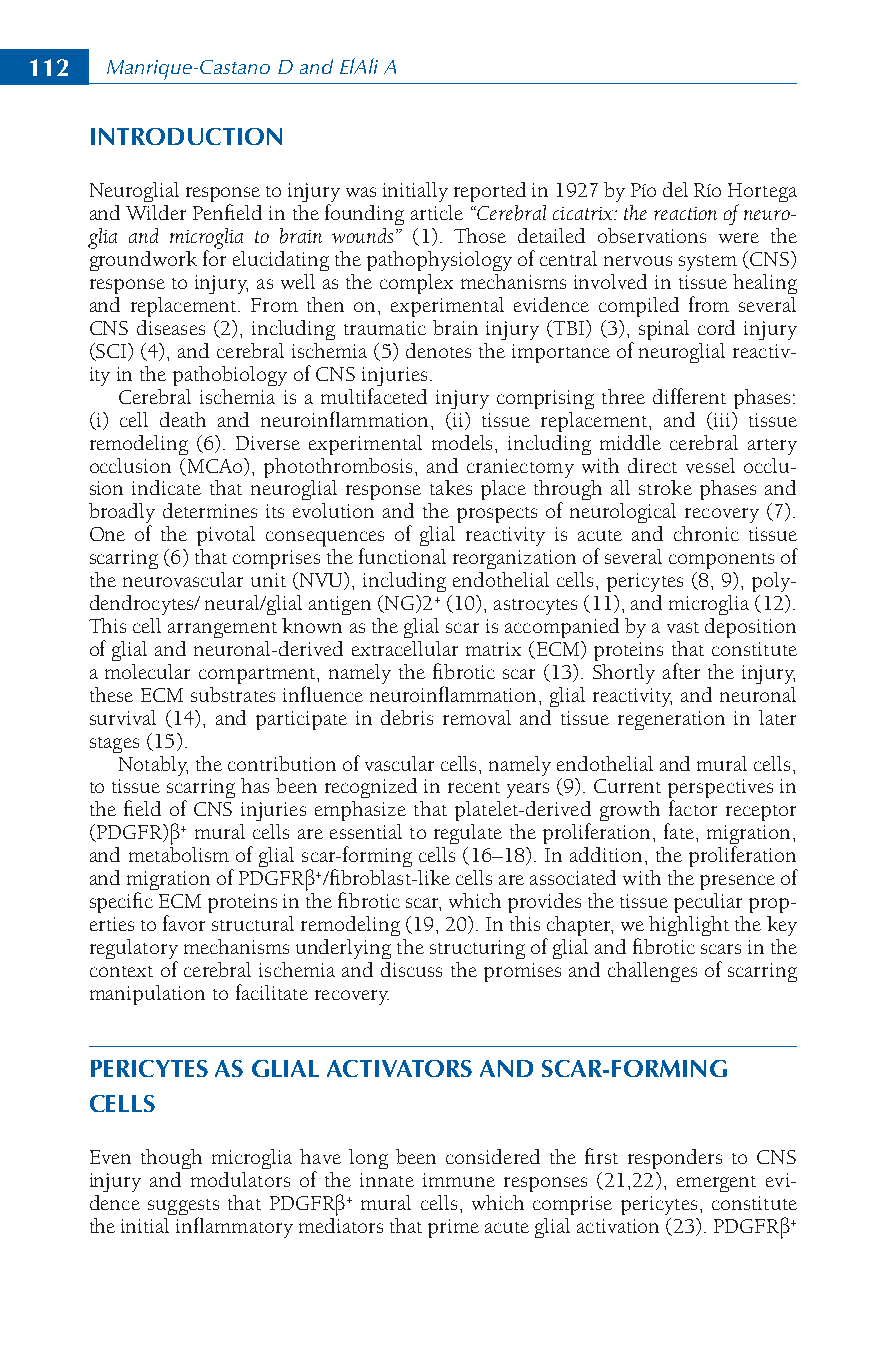
112  Manrique-Castano D and ElAli A
 INTRODUCTION
 Neuroglial response to injury was initially reported in 1927 by Pío del Río Hortega
 and Wilder Penfield in the founding article “Cerebral cicatrix: the reaction of neuro-
 glia and microglia to brain wounds” (1). Those detailed observations were the
 groundwork for elucidating the pathophysiology of central nervous system (CNS)
 response to injury, as well as the complex mechanisms involved in tissue healing
 and replacement. From then on, experimental evidence compiled from several
 CNS diseases (2), including traumatic brain injury (TBI) (3), spinal cord injury
 (SCI) (4), and cerebral ischemia (5) denotes the importance of neuroglial reactiv-
 ity in the pathobiology of CNS injuries.
 Cerebral ischemia is a multifaceted injury comprising three different phases:
 (i) cell death and neuroinflammation, (ii) tissue replacement, and (iii) tissue
 remodeling (6). Diverse experimental models, including middle cerebral artery
 occlusion (MCAo), photothrombosis, and craniectomy with direct vessel occlu-
 sion indicate that neuroglial response takes place through all stroke phases and
 broadly determines its evolution and the prospects of neurological recovery (7).
 One of the pivotal consequences of glial reactivity is acute and chronic tissue
 scarring (6) that comprises the functional reorganization of several components of
 the neurovascular unit (NVU), including endothelial cells, pericytes (8, 9), poly-
 dendrocytes/ neural/glial antigen (NG)2+ (10), astrocytes (11), and microglia (12).
 This cell arrangement known as the glial scar is accompanied by a vast deposition
 of glial and neuronal-derived extracellular matrix (ECM) proteins that constitute
 a molecular compartment, namely the fibrotic scar (13). Shortly after the injury,
 these ECM substrates influence neuroinflammation, glial reactivity, and neuronal
 survival (14), and participate in debris removal and tissue regeneration in later
 stages (15).
 Notably, the contribution of vascular cells, namely endothelial and mural cells,
 to tissue scarring has been recognized in recent years (9). Current perspectives in
 the field of CNS injuries emphasize that platelet-derived growth factor receptor
 (PDGFR)β+ mural cells are essential to regulate the proliferation, fate, migration,
 and metabolism of glial scar-forming cells (16–18). In addition, the proliferation
 and migration of PDGFRβ+/fibroblast-like cells are associated with the presence of
 specific ECM proteins in the fibrotic scar, which provides the tissue peculiar prop-
 erties to favor structural remodeling (19, 20). In this chapter, we highlight the key
 regulatory mechanisms underlying the structuring of glial and fibrotic scars in the
 context of cerebral ischemia and discuss the promises and challenges of scarring
 manipulation to facilitate recovery.
 PERICYTES AS GLIAL ACTIVATORS AND SCAR-FORMING
 CELLS
 Even though microglia have long been considered the first responders to CNS
 injury and modulators of the innate immune responses (21,22), emergent evi-
 dence suggests that PDGFRβ+ mural cells, which comprise pericytes, constitute
 the initial inflammatory mediators that prime acute glial activation (23). PDGFRβ+